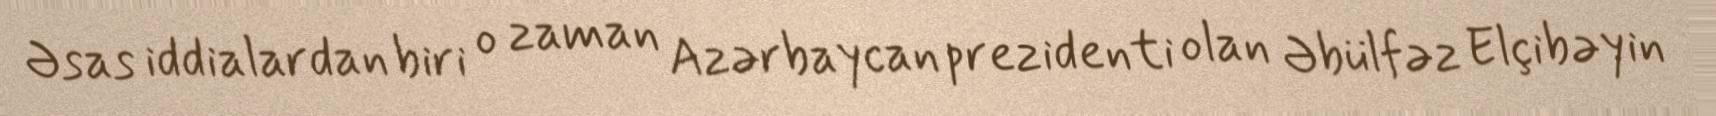
Əsas iddialardan biri o zaman Azərbaycan prezidenti olan Əbülfəz Elçibəyin